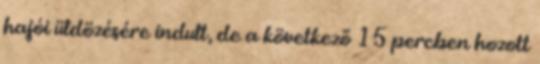
hajói üldözésére indult, de a következő 15 percben hozott